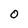
Character: O